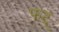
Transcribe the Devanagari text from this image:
फट्